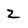
Character: Z